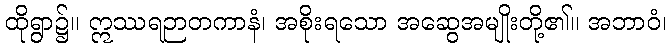
ထိုရွာ၌။ ဣဿရဉာတကာနံ၊ အစိုးရသော အဆွေအမျိုးတို့၏။ အဘာဝံ၊